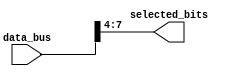
module part_select_assignment (
    input wire [15:0] data_bus,        // 16-bit data bus input
    output wire [3:0] selected_bits    // 4-bit output for selected bits
);

// Part select continuous assignment
assign selected_bits = data_bus[7:4]; // Select bits 4 to 7 from data_bus

endmodule